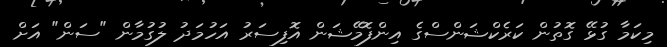
މިކަމާ ގުޅޭ ގޮތުން ކަރެކްޝަންސްގެ އިންފޮމޭޝަން އޮފިސަރު އަހުމަދު ލުގުމާން "ސަން" އަށް